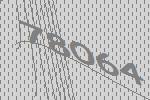
78064